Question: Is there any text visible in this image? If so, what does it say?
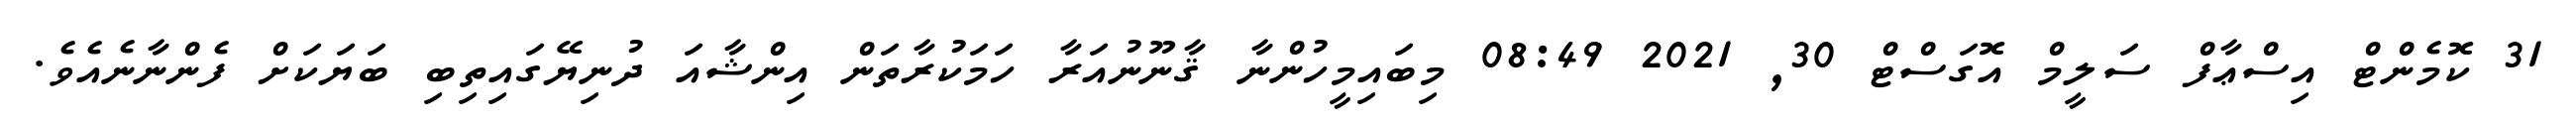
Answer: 31 ކޮމެންޓް އިސްޢާފް ސަލީމް އޮގަސްޓް 30, 2021 08:49 މިބައިމީހުންނާ ޤާނޫނުއަރާ ހަމަކުރާތަން އިންޝާއަ ދުނިޔޭގައިތިބި ބަޔަކަށް ފެންނާނެއެވެ.